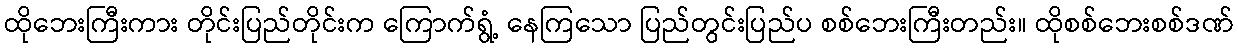
ထိုဘေးကြီးကား တိုင်းပြည်တိုင်းက ကြောက်ရွံ့ နေကြသော ပြည်တွင်းပြည်ပ စစ်ဘေးကြီးတည်း။ ထိုစစ်ဘေးစစ်ဒဏ်